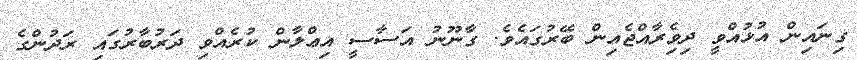
ގިނައިން އުޅުއްވީ ދިވެިރާއްޖެއިން ބޭރުގައެވެ. ގާނޫނު އަސާސީ އިޢްލާން ކުރެއްވި ދަރުބާރުގައި ރަދުންގެ